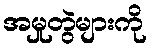
အမှုတွဲများကို